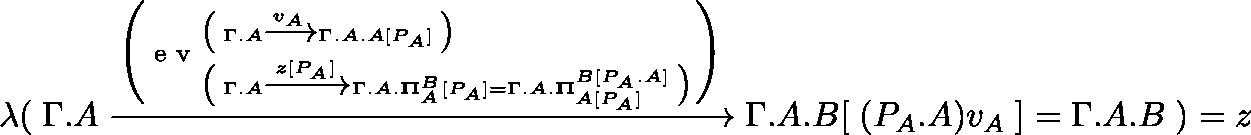
\lambda ( \; \Gamma . A \xrightarrow { \Bigg ( \textnormal { e v } _ { \big ( \; \Gamma . A \xrightarrow { z [ P _ { A } ] } \Gamma . A . \mathbf { { \Pi } } _ { A } ^ { B } [ P _ { A } ] = \Gamma . A . \mathbf { { \Pi } } _ { A [ P _ { A } ] } ^ { B [ P _ { A } . A ] } \; \big ) } ^ { \big ( \; \Gamma . A \xrightarrow { v _ { A } } \Gamma . A . A [ P _ { A } ] \; \big ) } \Bigg ) } \Gamma . A . B [ \; ( P _ { A } . A ) v _ { A } \; ] = \Gamma . A . B \; ) = z